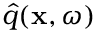
\hat { q } ( { \bf x } , \omega )